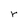
Character: r